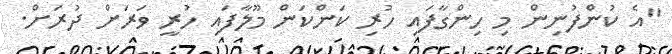
"އެ ކުންފުނިން މި ހިންގާފައި ހުރި ކަންކަން މޫލާފައި ހުރީ ވަރަށް ދުރަށް.